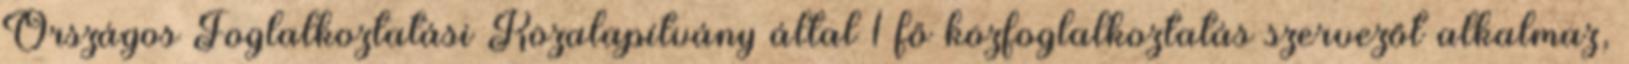
Országos Foglalkoztatási Közalapítvány által 1 fő közfoglalkoztatás szervezőt alkalmaz,